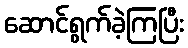
ဆောင်ရွက်ခဲ့ကြပြီး